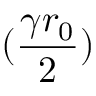
( \frac { \gamma r _ { 0 } } { 2 } )